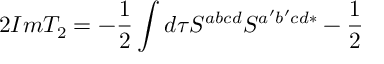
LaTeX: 2 I m T _ { 2 } = - \frac 1 2 \int d \tau S ^ { a b c d } S ^ { a ^ { \prime } b ^ { \prime } c d * } - \frac 1 2